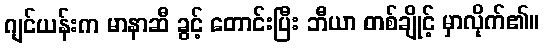
ဂျင်ယန်းက မာနာဆီ ခွင့် တောင်းပြီး ဘီယာ တစ်ချိုင့် မှာလိုက်၏။